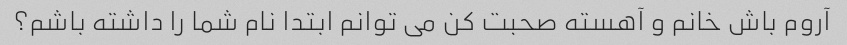
آروم باش خانم و آهسته صحبت کن می توانم ابتدا نام شما را داشته باشم؟